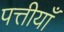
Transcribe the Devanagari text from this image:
पत्तीयाँ